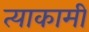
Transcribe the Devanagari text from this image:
त्याकामी